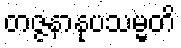
တဇ္ဇနာနုပသမ္မတိ